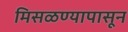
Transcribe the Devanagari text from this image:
मिसळण्यापासून